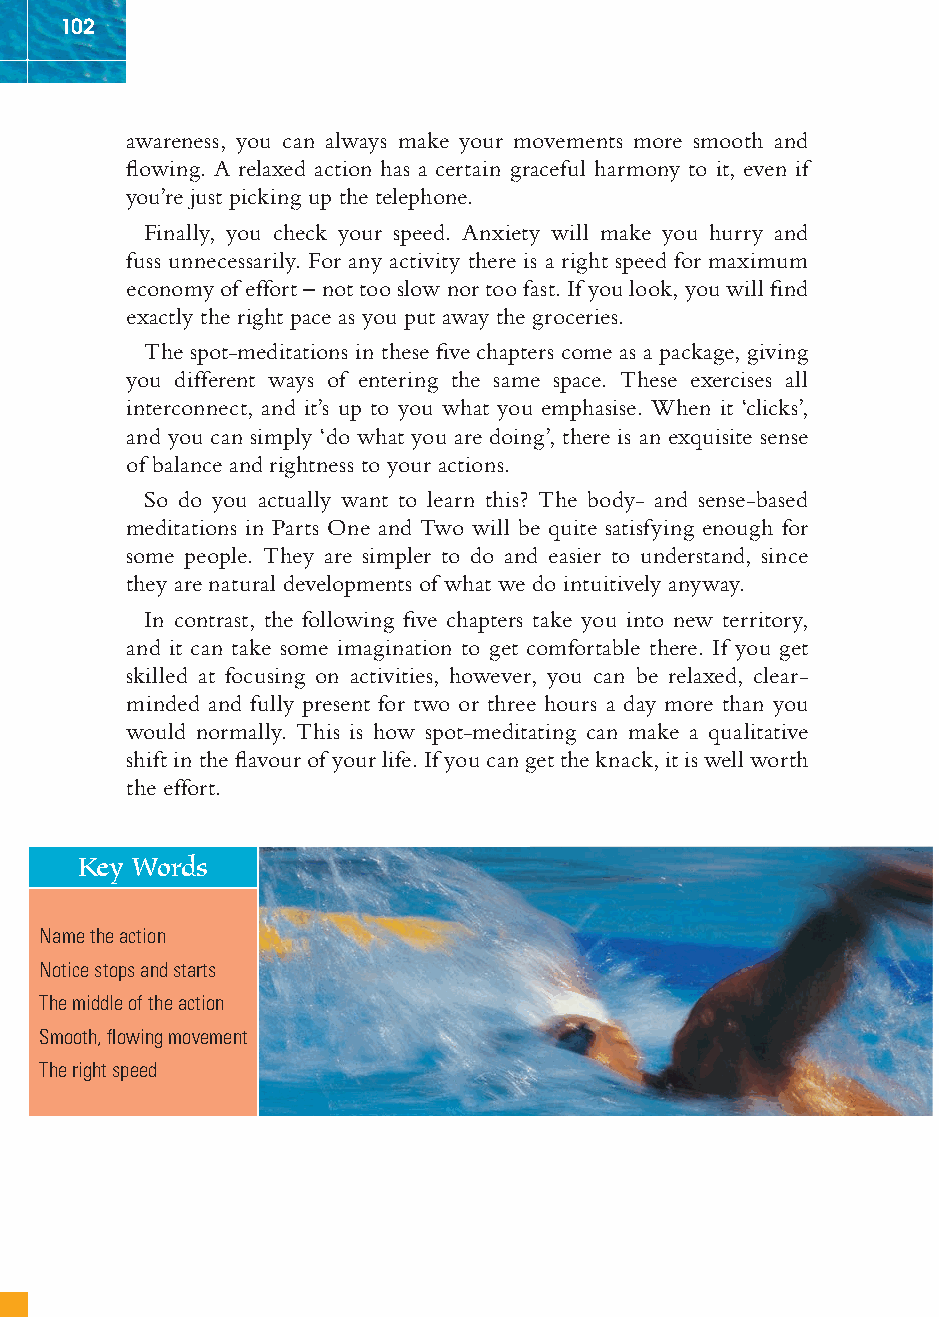
102
 awareness, you can always make your movements more smooth and
 fl owing. A relaxed action has a certain graceful harmony to it, even if
 you’re just picking up the telephone.
 Finally, you check your speed. Anxiety will make you hurry and
 fuss unnecessarily. For any activity there is a right speed for maximum
 economy of effort – not too slow nor too fast. If you look, you will fi nd
 exactly the right pace as you put away the groceries.
 The spot-meditations in these fi ve chapters come as a package, giving
 you different ways of entering the same space. These exercises all
 interconnect, and it’s up to you what you emphasise. When it ‘clicks’,
 and you can simply ‘do what you are doing’, there is an exquisite sense
 of balance and rightness to your actions.
 So do you actually want to learn this? The body- and sense-based
 meditations in Parts One and Two will be quite satisfying enough for
 some people. They are simpler to do and easier to understand, since
 they are natural developments of what we do intuitively anyway.
 In contrast, the following fi ve chapters take you into new territory,
 and it can take some imagination to get comfortable there. If you get
 skilled at focusing on activities, however, you can be relaxed, clear-
 minded and fully present for two or three hours a day more than you
 would normally. This is how spot-meditating can make a qualitative
 shift in the fl avour of your life. If you can get the knack, it is well worth
 the effort.
 Key Words
 Name the action
 Notice stops and starts
 The middle of the action
 Smooth, fl owing movement
 The right speed
 ffiivvee__220000667788..iinndddd SSeecc11::110066   3300//55//0055 55::0055::0066 PPMM